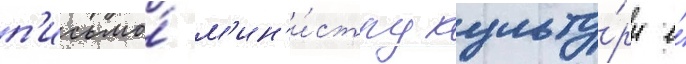
п'исьмо́ м'ин'и́стру культу́ры е́